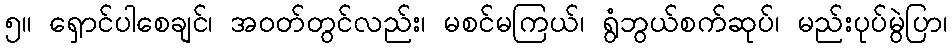
၅။ ရှောင်ပါစေချင်၊ အဝတ်တွင်လည်း၊ မစင်မကြယ်၊ ရွံဘွယ်စက်ဆုပ်၊ မည်းပုပ်မွဲပြာ၊